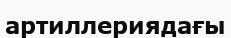
артиллериядағы